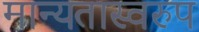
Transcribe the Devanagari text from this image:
मान्यतास्वरुप